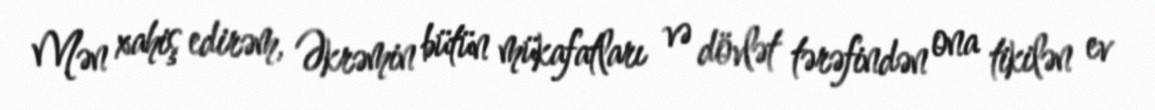
Mən xahiş edirəm, Əkrəmin bütün mükafatları və dövlət tərəfindən ona tikilən ev